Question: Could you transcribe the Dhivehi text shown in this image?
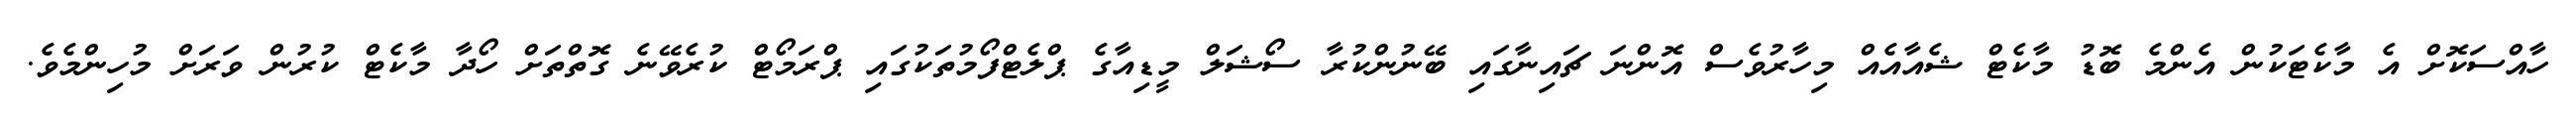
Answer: ހާއްސަކޮށް އެ މާކެޓަކުން އެންމެ ބޮޑު މާކެޓް ޝެއާއެއް މިހާރުވެސް އޮންނަ ޗައިނާގައި ބޭނުންކުރާ ސޯޝަލް މީޑިއާގެ ޕްލެޓްފޯމުތަކުގައި ޕްރަމޯޓް ކުރެވޭނެ ގޮތްތަށް ހޯދާ މާކެޓް ކުރުން ވަރަށް މުހިންމެވެ.